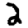
Digit: 2